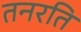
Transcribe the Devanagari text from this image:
तनरति